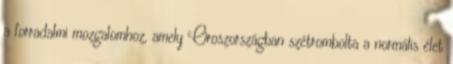
a forradalmi mozgalomhoz, amely Oroszországban szétrombolta a normális élet